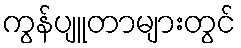
ကွန်ပျူတာများတွင်